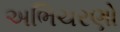
અભિચરણો